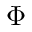
\Phi